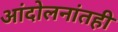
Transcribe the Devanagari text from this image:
आंदोलनांतही